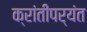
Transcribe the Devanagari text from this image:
क्रांतीपर्यंत